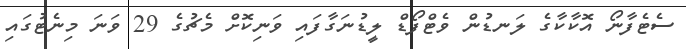
ސެޓެފާނޯ އޮކާކާގެ ލަނޑުން ވެޓްފޯޑް ލީޑުނަގާފައި ވަނިކޮށް މެޗުގެ 29 ވަނަ މިނެޓުގައި